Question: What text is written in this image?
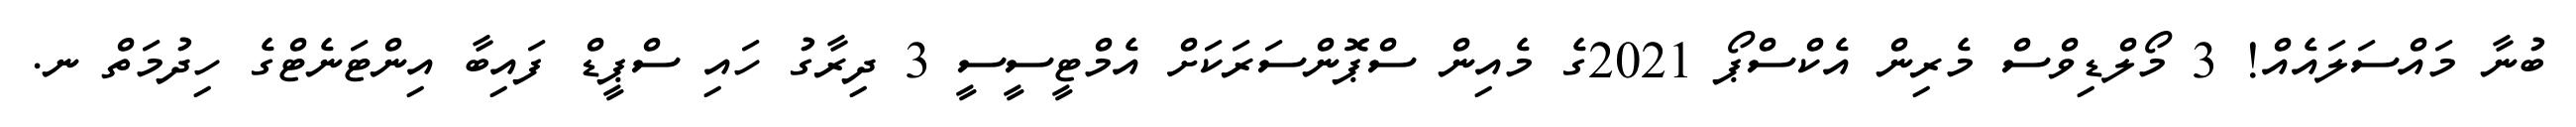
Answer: ބުނާ މައްސަލައެއް! 3 މޯލްޑިވްސް މެރިން އެކްސްޕޯ 2021ގެ މެއިން ސްޕޮންސަރަކަށް އެމްޓީސީސީ 3 ދިރާގު ހައި ސްޕީޑް ފައިބާ އިންޓަނެޓްގެ ހިދުމަތް ނ.